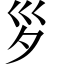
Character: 𡿪